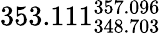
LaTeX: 353.111_{348.703}^{357.096}